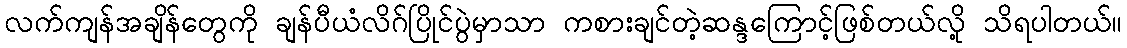
လက်ကျန်အချိန်တွေကို ချန်ပီယံလိဂ်ပြိုင်ပွဲမှာသာ ကစားချင်တဲ့ဆန္ဒကြောင့်ဖြစ်တယ်လို့ သိရပါတယ်။